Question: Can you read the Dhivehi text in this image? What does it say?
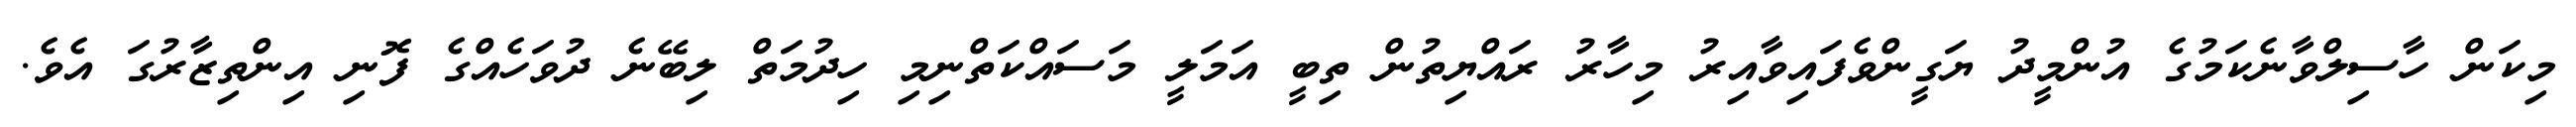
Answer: މިކަން ހާސިލްވާނެކަމުގެ އުންމީދު ޔަގީންވެފައިވާއިރު މިހާރު ރައްޔިތުން ތިބީ އަމަލީ މަސައްކަތްނިމި ހިދުމަތް ލިބޭނެ ދުވަހެއްގެ ފޮނި އިންތިޒާރުގަ އެވެ.